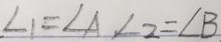
\angle 1 = \angle A , \angle 2 = \angle B